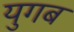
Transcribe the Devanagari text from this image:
युगब